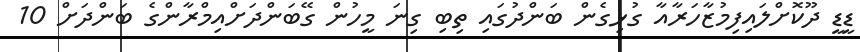
ޑީޑީ ދޫކޮށްލައިފިމުޒާހަރާއާ ގުޅިގެން ބަންދުގައި ތިބި ގިނަ މީހުން ގޭބަންދަށްއިމްރާންގެ ބަންދަށް 10